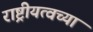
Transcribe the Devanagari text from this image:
राष्ट्रीयत्वच्या